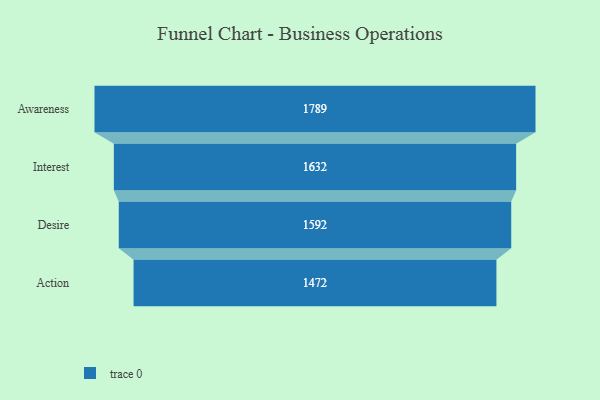
{"axis": {"x": "Stage", "y": "Value"}, "legend": [""], "data": [{"x": "Awareness", "y": 1789.0, "type": ""}, {"x": "Interest", "y": 1632.0, "type": ""}, {"x": "Desire", "y": 1592.0, "type": ""}, {"x": "Action", "y": 1472.0, "type": ""}]}